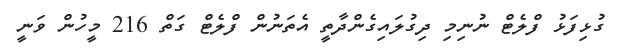
ގުޅިފަޅު ފްލެޓް ނުނިމި ދިގުލައިގެންދާތީ އެތަނުން ފްލެޓް ގަތް 216 މީހުން ވަނީ